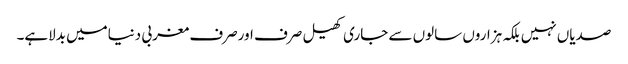
صدیاں نہیں بلکہ ہزاروں سالوں سے جاری کھیل صرف اورصرف مغربی دنیامیں بدلاہے۔